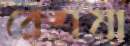
রেশমা